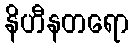
နိဟီနတရော